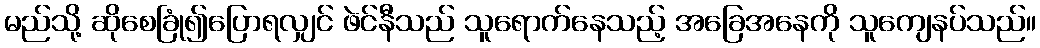
မည်သို့ ဆိုစေခြုံ၍ပြောရလျှင် ဖဲင်နီသည် သူရောက်နေသည့် အခြေအနေကို သူကျေနပ်သည်။